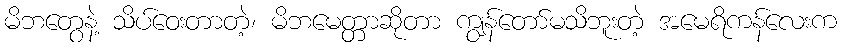
မိဘတွေနဲ့ သိပ်ဝေးတာတဲ့၊ မိဘမေတ္တာဆိုတာ ကျွန်တော်မသိဘူးတဲ့ အမေရိကန်လေးက